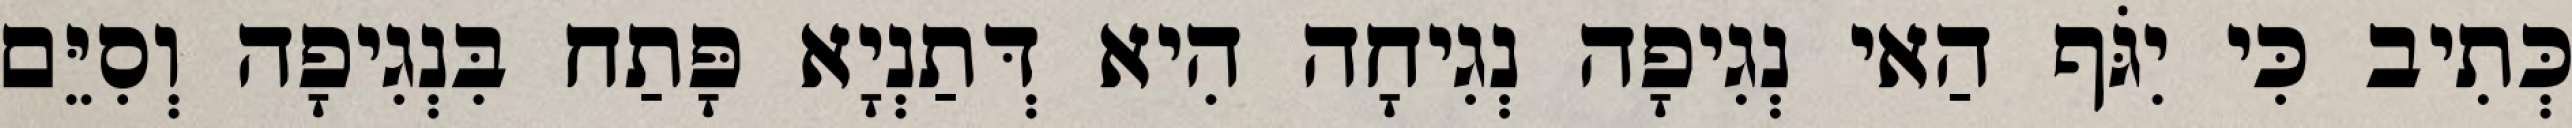
כְּתִיב כִּי יִגֹּף הַאי נְגִיפָה נְגִיחָה הִיא דְּתַנְיָא פָּתַח בִּנְגִיפָה וְסִיֵּם